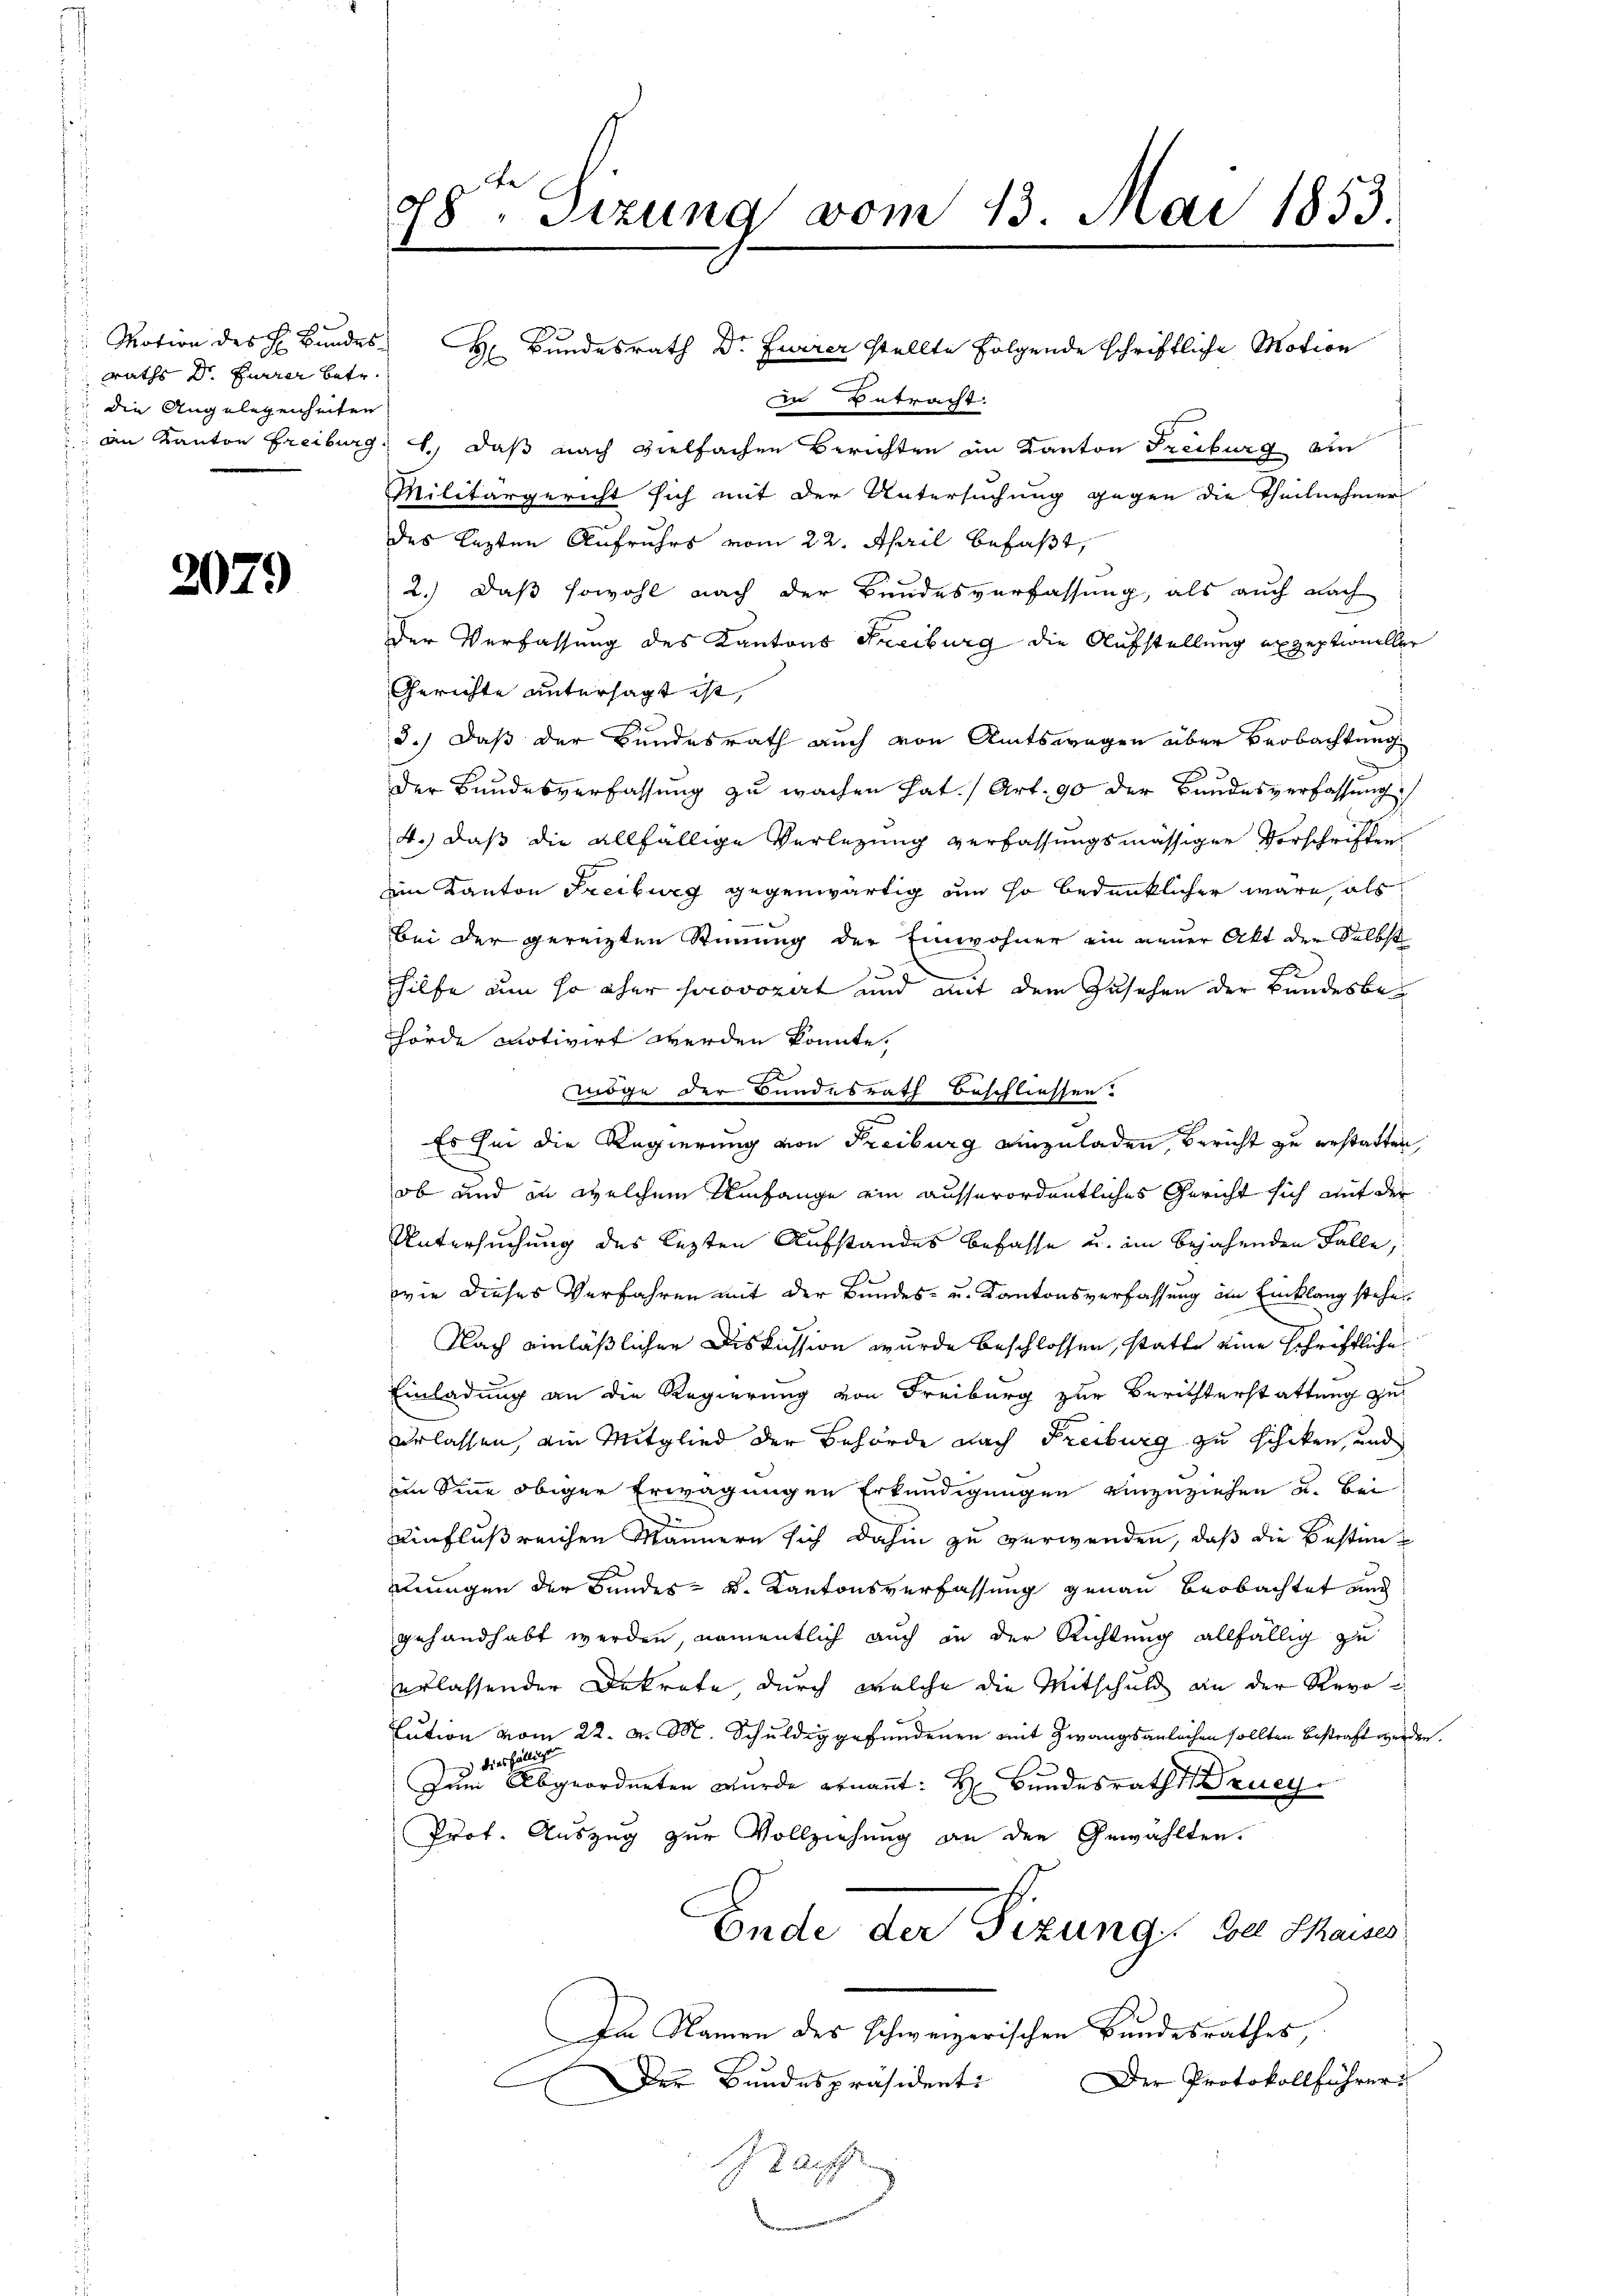
Motion des H. Bundes-
raths Dr. Furrer betr.
die Angelegenheiten

2079

28ten Sizung vom 13. Mai 1853.

in Betracht.
 an Kanton Freiburg, u. daß nach vielfachen Berichten im Kanton Freiburg am
Militärgericht sich mit der Untersuchung gegen die Theilnehmer
des lezten Aufruhrs vom 22. April befaßt,
2.) Daß sowohl nach der Bundesverfassung, als auch nach
der Verfassung des Kantons Freiburg die Aufstellung exzeptioneller
Gerichte untersagt ist,
3.) Daß der Bundesrath auch von Amtswegen über Beobachtung
Der Bundesverfassung zu wachen hat. (Art. 90 der Bundesverfassung
4.) daß die allfällige Verlegung verfassungsmässiger Vorschriften
im Kanton Freiburg gegenwärtig um so bedenklicher wäre, als
bei der gereizten Stimmung der Einwohner ein neuer Akt der Selbst
F
hilfe um so eher sorovozirt und mit dem Zusehen der Bundesbehörde notivirt werden könnte.
öge der Bundesrath beschliessen.
Es sei die Regierung von Freiburg einzuladen, Bericht zu erstatten,
ob und in welchem Umfange ein ausserordentliches Gericht sich mit der
Untersuchung des lezten Aufstandes befasse u. im bejahenden Falle,
e
wie dieses Verfahren mit der Bundes- u. Kantonsverfassung im Einklang stehe

Nach einläßlicher Diskussion wurde beschlossen, statte eine schriftliche
Einladung an die Regierung von Freiburg zur Berichterstattung zuerlassen, ain Mitglied der Behörde nach Freiburg zu schicken, und
im Sinne obiger Erwägungen Erkundigungen einzuziehen u. Bei
einflußreichen Männern sich dahin zu verwenden, daß die Bestimungen der Bundes- u. Kantonsverfassung genau beobachtet auch
gehandhabt werden, namentlich auch in der Richtung allfällig zu
erlassender Dekrete, durch welche die Mitschuld an der Revo
ution vom 22. v. M. Schuldig gefundenen mit Zwangsanleihen sollten bestraft werden.
diesfällig
Zum Abgeordneten wurde ernannt: H. Bundesraths Druey
Prof. Auszug zur Vollziehung an den Gewählten.
Ende der Sizung der Thaus
Im Namen des schweizerischen Bundesrathes,
Der Protokollführer
Der Bundespräsidenti
d
 Lauff

H Bundesrath Dr Furrer stellte folgende schriftliche Motion